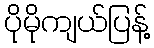
ပိုမိုကျယ်ပြန့်